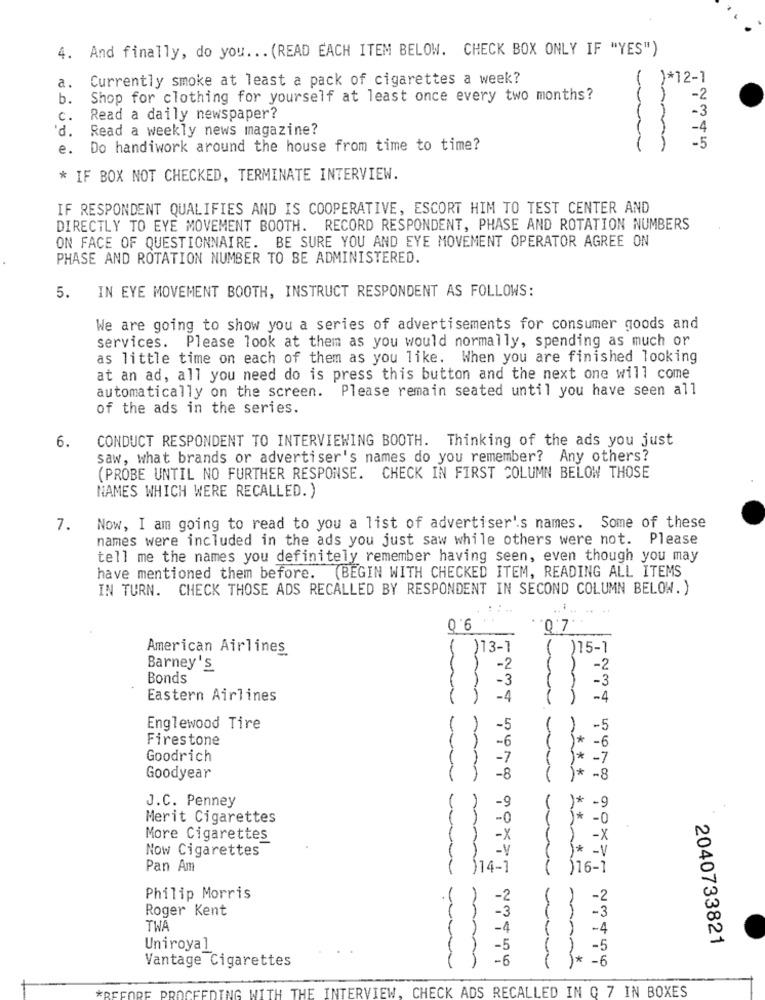
And finally, do you ... (READ EACH ITEM BELOW. CHECK BOX ONLY IF "YES")
4.
Currently smoke at least a pack of cigarettes a week?
)*12-1
a
b.
Shop for clothing for yourself at least once every two months?
-2
-3
c .
.P.
Read a daily newspaper?
Read a weekly news magazine?
-4
e.
Do handiwork around the house from time to time?
-
* IF BOX NOT CHECKED, TERMINATE INTERVIEW.
IF RESPONDENT QUALIFIES AND IS COOPERATIVE, ESCORT HIM TO TEST CENTER AND
DIRECTLY TO EYE MOVEMENT BOOTH. RECORD RESPONDENT, PHASE AND ROTATION NUMBERS
ON FACE OF QUESTIONNAIRE. BE SURE YOU AND EYE MOVEMENT OPERATOR AGREE ON
PHASE AND ROTATION NUMBER TO BE ADMINISTERED.
IN EYE MOVEMENT BOOTH, INSTRUCT RESPONDENT AS FOLLOWS:
5.
We are going to show you a series of advertisements for consumer goods and
services. Please look at them as you would normally, spending as much or
as little time on each of them as you like. When you are finished looking
at an ad, all you need do is press this button and the next one will come
automatically on the screen. Please remain seated until you have seen all
of the ads in the series.
CONDUCT RESPONDENT TO INTERVIEWING BOOTH. Thinking of the ads you just
6.
saw, what brands or advertiser's names do you remember? Any others?
(PROBE UNTIL NO FURTHER RESPONSE. CHECK IN FIRST COLUMN BELOW THOSE
NAMES WHICH WERE RECALLED. )
7.
Now, I am going to read to you a list of advertiser's names. Some of these
names were included in the ads you just saw while others were not. Please
tell me the names you definitely remember having seen, even though you may
have mentioned them before. (BEGIN WITH CHECKED ITEM, READING ALL ITEMS
IN TURN. CHECK THOSE ADS RECALLED BY RESPONDENT IN SECOND COLUMN BELOW. )
9.0
Q:7
American Airlines
( )13-1
( )15-1
Barney's
-2
Bonds
- 3
Eastern Airlines
-4
Englewood Tire
-5
Firestone
Goodrich
-7
Goodyear
-8
J.C. Penney
Merit Cigarettes
More Cigarettes
Now Cigarettes
Pan Am
14-
*** ***=
Philip Morris
Roger Kent
-3
TWA
-4
2040733821
Uniroyal
*
-6
Vantage Cigarettes
CEEDING WITH THE INTERVIEW, CHECK ADS RECALLED IN Q 7 IN BOXES